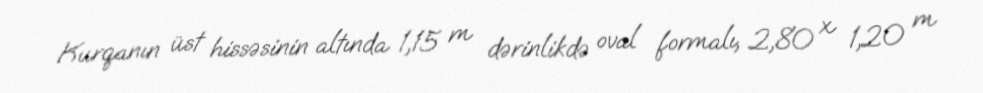
Kurqanın üst hissəsinin altında 1,15 m dərinlikdə oval formalı, 2,80 x 1,20 m